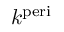
k ^ { \mathrm { { p e r i } } }